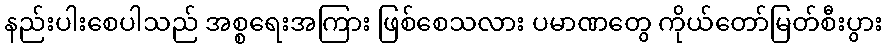
နည်းပါးစေပါသည် အစ္စရေးအကြား ဖြစ်စေသလား ပမာဏတွေ ကိုယ်တော်မြတ်စီးပွား